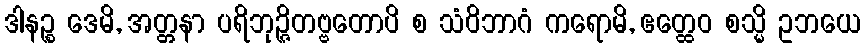
ဒါနဉ္စ ဒေမိ, အတ္တနာ ပရိဘုဉ္ဇိတဗ္ဗတောပိ စ သံဝိဘာဂံ ကရောမိ, ဧတ္ထေဝ စသ္မိ ဥဘယေ